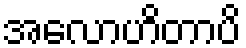
အလောဟိတာပိ